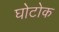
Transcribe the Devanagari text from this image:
घोटोक